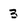
Character: 3